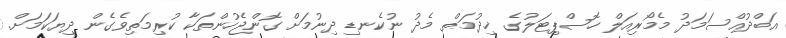
އަބްދުއްސަމަދު މެމޯރިއަލް ހޮސްޕިޓަލުގެ ޚިދުމަތް މެދު ނުކެނޑި ދިނުމަށް ގޮންޖެހުންތަކާ ކުރިމަތިވެގެން ދިޔަކަމަށް.